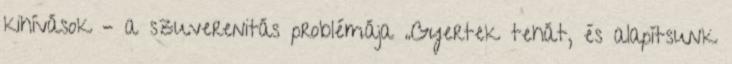
kihívások – a szuverenitás problémája „Gyertek tehát, és alapítsunk